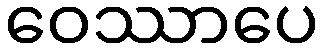
ဝေဿာပေ